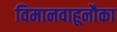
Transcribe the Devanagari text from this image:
विमानवाहूनौका